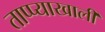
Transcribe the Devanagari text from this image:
ताप्प्याखाली